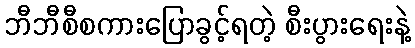
ဘီဘီစီစကားပြောခွင့်ရတဲ့ စီးပွားရေးနဲ့